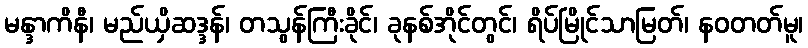
မန္ဒာကိနီ၊ မည်ယှိဆဒ္ဒန်၊ တသွန်ကြီးခိုင်၊ ခုနစ်အိုင်တွင်၊ ရိပ်မြိုင်သာမြတ်၊ နဝတတ်မူ၊